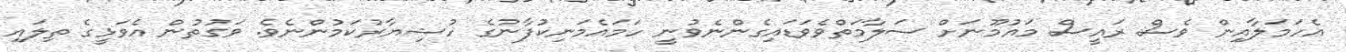
އެހަމަލާއިން ވެސް ރައީސް މައުމޫނަށް ސަލާމަތްވެވަޑައިގެންނެވުނީ ހަމައެމަނިކުފާނުގެ ހުޝިޔާރުކަމުންނެވެ. ވަގުތުން އެވަޅީގެ ތިލައި